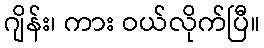
ဂျိန်း၊ ကား ဝယ်လိုက်ပြီ။